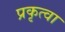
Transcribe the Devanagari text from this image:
प्रकृत्वा